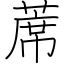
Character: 蓆